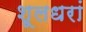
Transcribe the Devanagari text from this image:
शूलधरां